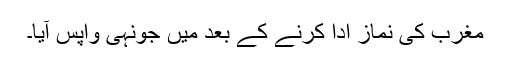
مغرب کی نماز ادا کرنے کے بعد میں جونہی واپس آیا۔